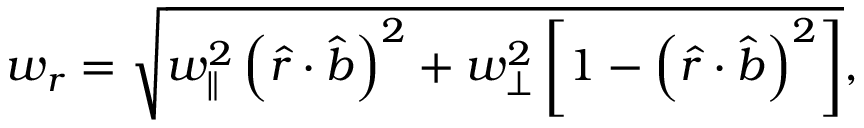
w _ { r } = \sqrt { w _ { \parallel } ^ { 2 } \left( \hat { r } \cdot \hat { b } \right) ^ { 2 } + w _ { \perp } ^ { 2 } \left[ 1 - \left( \hat { r } \cdot \hat { b } \right) ^ { 2 } \right] } ,